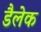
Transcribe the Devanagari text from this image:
डैलेक